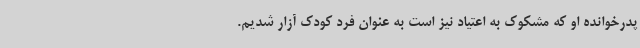
پدرخوانده او که مشکوک به اعتیاد نیز است به عنوان فرد کودک آزار شدیم.